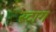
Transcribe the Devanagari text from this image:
स्टाग